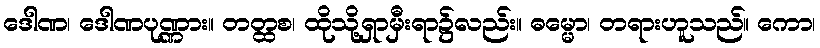
ဒေါဏ၊ ဒေါဏပုဏ္ဏား။ တတ္ထစ၊ ထိုသို့ရှာမှီးရာ၌လည်း။ ဓမ္မော၊ တရားဟူသည်။ ကော၊